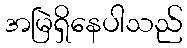
အမြဲရှိနေပါသည်